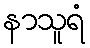
နာသူရံ